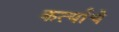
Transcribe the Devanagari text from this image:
कर्त्याचे